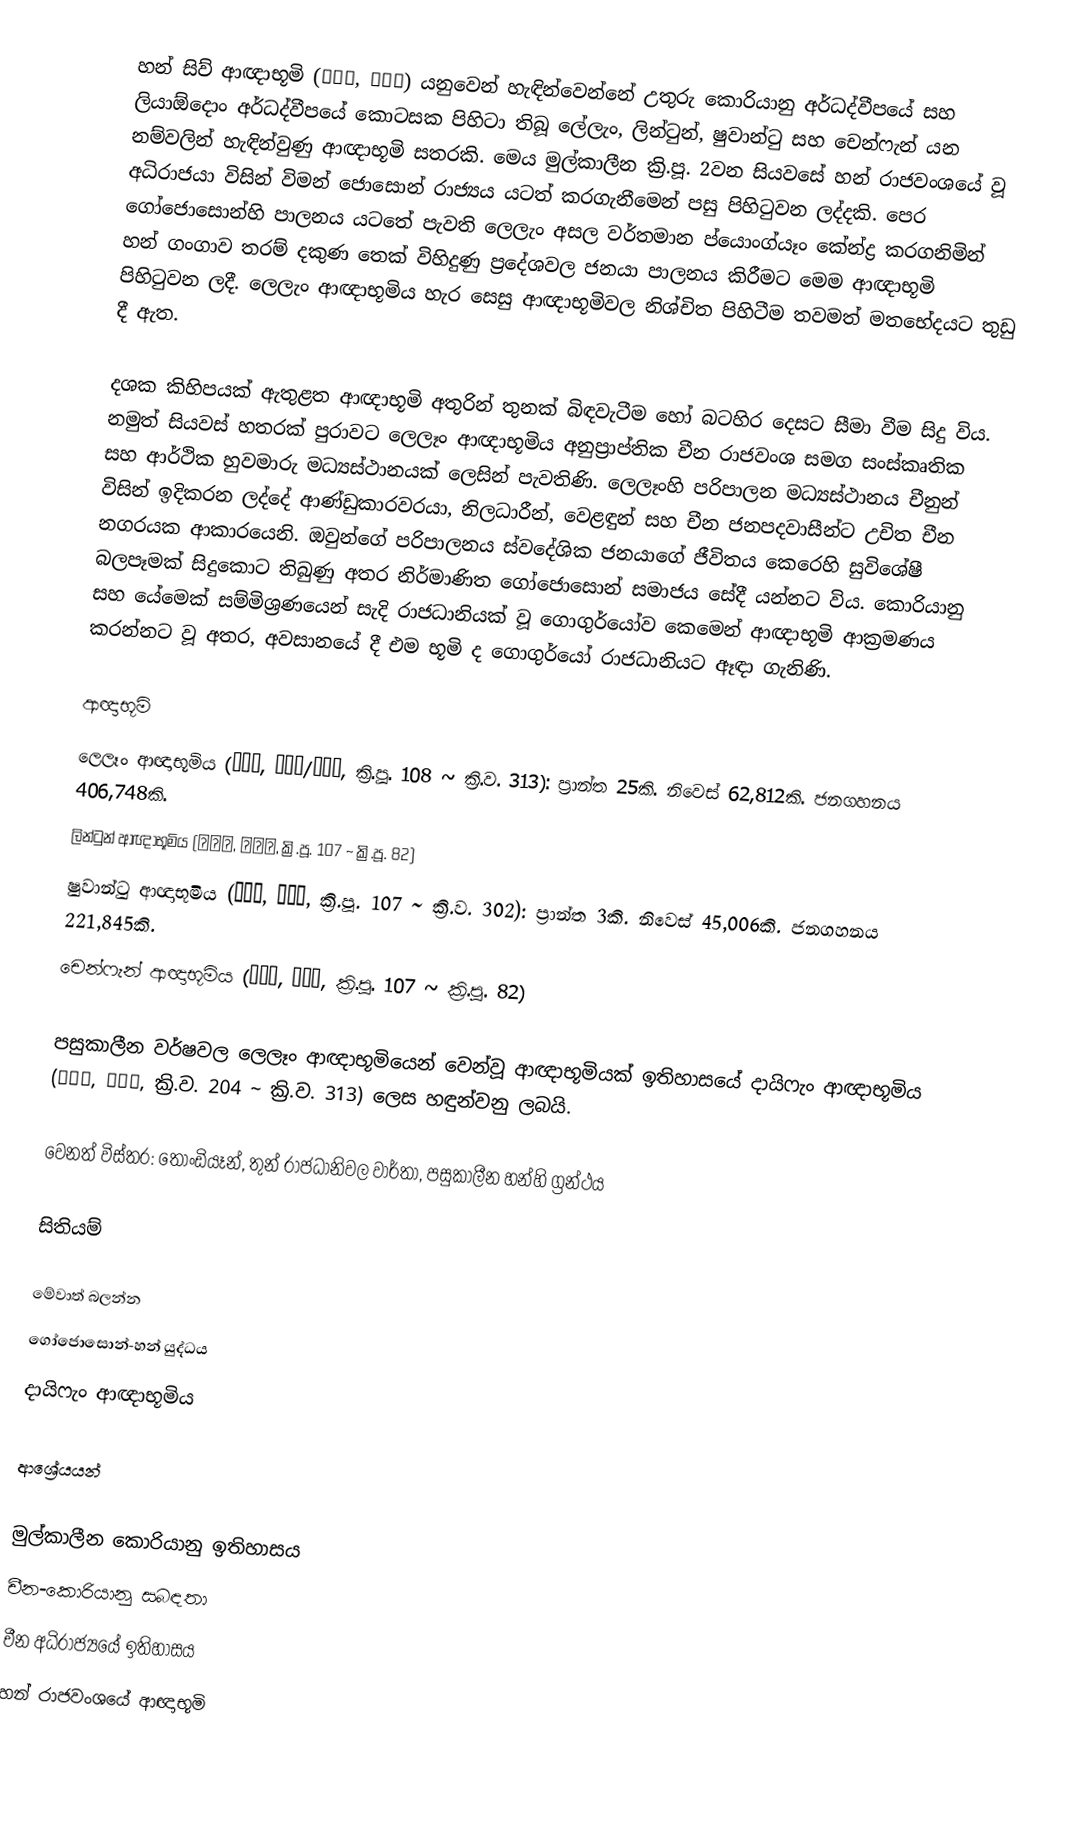
හන් සිව් ආඥාභූමි (漢四郡, 한사군) යනුවෙන් හැඳින්වෙන්නේ උතුරු කොරියානු අර්ධද්වීපයේ සහ ලියාඕදොං අර්ධද්වීපයේ කොටසක පිහිටා තිබූ ලේලැං, ලින්ටුන්, ෂුවාන්ටු සහ චෙන්ෆැන් යන නම්වලින් හැඳින්වුණු ආඥාභූමි සතරකි. මෙය මුල්කාලීන ක්‍රි.පූ. 2වන සියවසේ හන් රාජවංශයේ වූ අධිරාජයා විසින් විමන් ජොසොන් රාජ්‍යය යටත් කරගැනීමෙන් පසු පිහිටුවන ලද්දකි. පෙර ගෝජොසොන්හි පාලනය යටතේ පැවති ලෙලැං අසල වර්තමාන ප්යොංග්යෑං කේන්ද්‍ර කරගනිමින් හන් ගංගාව තරම් දකුණ තෙක් විහිදුණු ප්‍රදේශවල ජනයා පාලනය කිරීමට මෙම ආඥාභූමි පිහිටුවන ලදී. ලෙලැං ආඥාභූමිය හැර සෙසු ආඥාභූමිවල නිශ්චිත පිහිටීම තවමත් මතභේදයට තුඩු දී ඇත.

දශක කිහිපයක් ඇතුළත ආඥාභූමි අතුරින් තුනක් බිඳවැටීම හෝ බටහිර දෙසට සීමා වීම සිදු විය. නමුත් සියවස් හතරක් පුරාවට ලෙලෑං ආඥාභූමිය අනුප්‍රාප්තික චීන රාජවංශ සමග සංස්කෘතික සහ ආර්ථික හුවමාරු මධ්‍යස්ථානයක් ලෙසින් පැවතිණි. ලෙලෑංහි පරිපාලන මධ්‍යස්ථානය චීනුන් විසින් ඉදිකරන ලද්දේ ආණ්ඩුකාරවරයා, නිලධාරීන්, වෙළඳුන් සහ චීන ජනපදවාසීන්ට උචිත චීන නගරයක ආකාරයෙනි. ඔවුන්ගේ පරිපාලනය ස්වදේශික ජනයාගේ ජීවිතය කෙරෙහි සුවිශේෂී බලපෑමක් සිදුකොට තිබුණු අතර නිර්මාණිත ගෝජොසොන් සමාජය සේදී යන්නට විය. කොරියානු සහ යේමෙක් සම්මිශ්‍රණයෙන් සැදි රාජධානියක් වූ ගොගුර්යෝව කෙමෙන් ආඥාභූමි ආක්‍රමණය කරන්නට වූ අතර, අවසානයේ දී එම භූමි ද ගොගුර්යෝ රාජධානියට ඈඳා ගැනිණි.

ආඥාභූමි
ලෙලෑං ආඥාභූමිය (樂浪郡, 낙랑군/락랑군, ක්‍රි.පූ. 108 ~ ක්‍රි.ව. 313): ප්‍රාන්ත 25කි. නිවෙස් 62,812කි. ජනගහනය 406,748කි.
ලින්ටුන් ආඥාභූමිය (臨屯郡, 임둔군, ක්‍රි.පූ. 107 ~ ක්‍රි.පූ. 82)
ෂුවාන්ටු ආඥාභූමිය (玄菟郡, 현도군, ක්‍රි.පූ. 107 ~ ක්‍රි.ව‍. 302): ප්‍රාන්ත 3කි. නිවෙස් 45,006කි. ජනගහනය 221,845කි.
චෙන්ෆැන් ආඥාභූමිය (真番郡, 진번군, ක්‍රි.පූ. 107 ~ ක්‍රි.පූ. 82)

පසුකාලීන වර්ෂවල ලෙලෑං ආඥාභූමියෙන් වෙන්වූ ආඥාභූමියක් ඉතිහාසයේ දායිෆැං ආඥාභූමිය (帶方郡, 대방군, ක්‍රි.ව. 204 ~ ක්‍රි.ව. 313) ලෙස හඳුන්වනු ලබයි.

වෙනත් විස්තර: තොංඩියෑන්, තුන් රාජධානිවල වාර්තා, පසුකාලීන හන්හි ග්‍රන්ථය

සිතියම්

මේවාත් බලන්න
ගෝජොසොන්-හන් යුද්ධය
දායිෆැං ආඥාභූමිය

ආශ්‍රේයයන්

මුල්කාලීන කොරියානු ඉතිහාසය
චීන-කොරියානු සබඳතා
චීන අධිරාජ්‍යයේ ඉතිහාසය
හන් රාජවංශයේ ආඥාභූමි